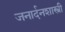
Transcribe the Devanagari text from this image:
जनार्दनशास्त्री